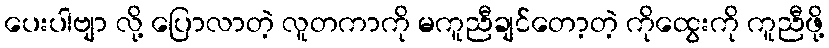
ပေးပါဗျာ လို့ ပြောလာတဲ့ လူတကာကို မကူညီချင်တော့တဲ့ ကိုထွေးကို ကူညီဖို့